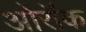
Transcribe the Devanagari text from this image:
ओरॉक